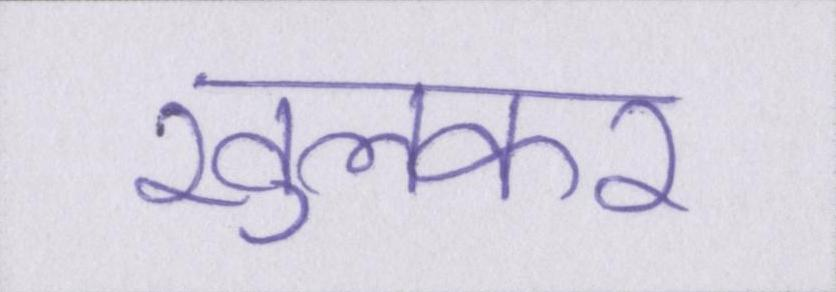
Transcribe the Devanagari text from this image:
खुलकर